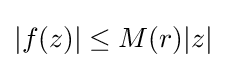
|f(z)|\leq M(r)|z|